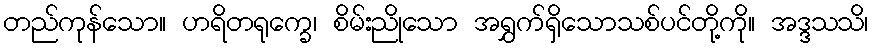
တည်ကုန်သော။ ဟရိတရုက္ခေ၊ စိမ်းညိုသော အရွှက်ရှိသောသစ်ပင်တို့ကို။ အဒ္ဒသသိ၊